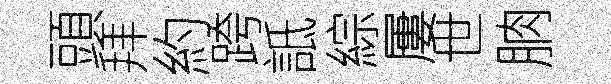
頭拜約跨詆綜屢世朒